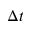
\Delta t